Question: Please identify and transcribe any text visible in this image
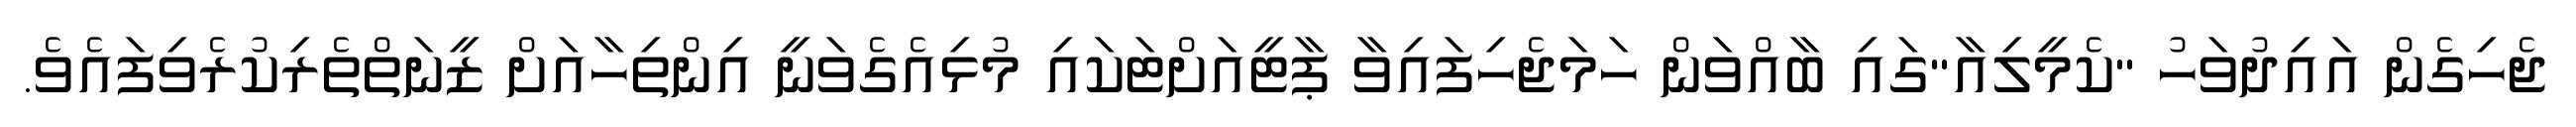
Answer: ޖެހިގެން އައިދުވަހު "ކެމީލިއާ"ގައި ބާއްވަން ހަމަޖެހިފައިވާ ޕާޓީއަށްޓަކައި މުޅިއެގެވަނީ އިންތިހާއަށް ޒީނަތްތެރިކުރެވިފައެވެ.